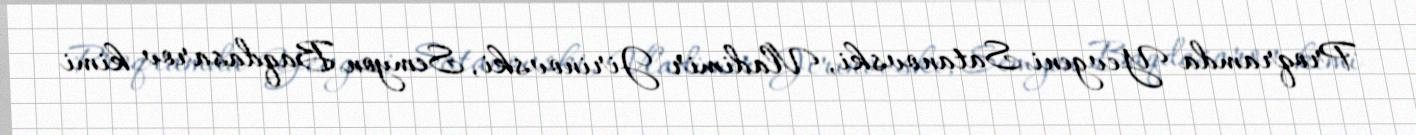
Proqramda Yevgeni Satanovski, Vladimir Jirinovski, Semyon Baqdasarov kimi